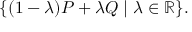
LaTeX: \{ ( 1 - \lambda ) P + \lambda Q \mid \lambda \in \mathbb { R } \} .